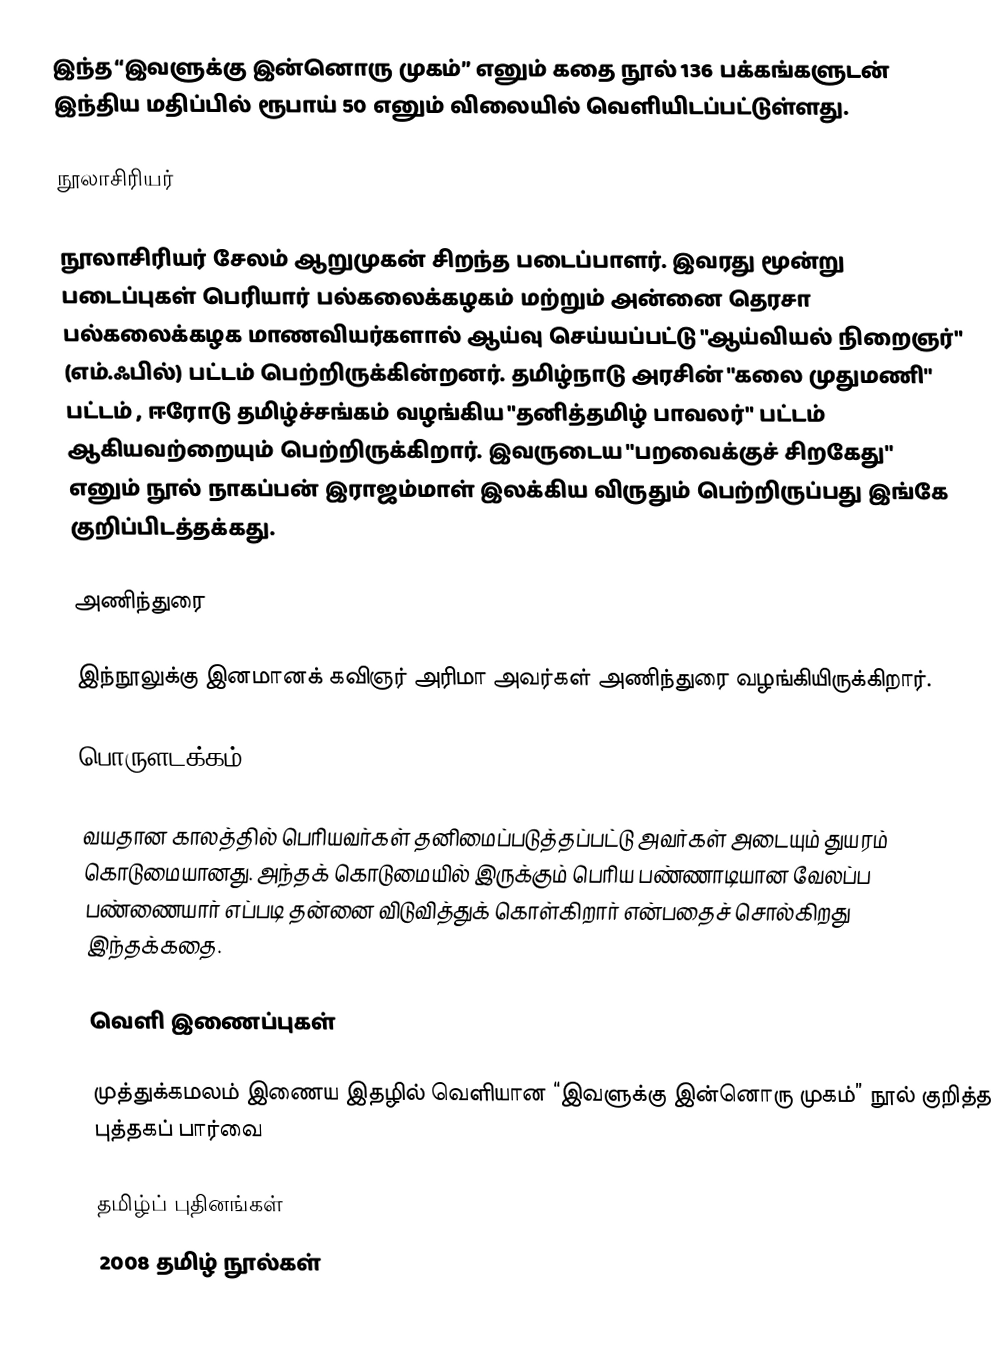
இந்த “இவளுக்கு இன்னொரு முகம்” எனும் கதை நூல் 136 பக்கங்களுடன் இந்திய மதிப்பில் ரூபாய் 50 எனும் விலையில் வெளியிடப்பட்டுள்ளது.

நூலாசிரியர்

நூலாசிரியர் சேலம் ஆறுமுகன் சிறந்த படைப்பாளர். இவரது மூன்று படைப்புகள் பெரியார் பல்கலைக்கழகம்  மற்றும்  அன்னை தெரசா பல்கலைக்கழக மாணவியர்களால் ஆய்வு செய்யப்பட்டு "ஆய்வியல் நிறைஞர்"  (எம்.ஃபில்) பட்டம் பெற்றிருக்கின்றனர். தமிழ்நாடு அரசின்  "கலை முதுமணி" பட்டம் ,  ஈரோடு  தமிழ்ச்சங்கம்  வழங்கிய "தனித்தமிழ் பாவலர்" பட்டம் ஆகியவற்றையும்  பெற்றிருக்கிறார். இவருடைய "பறவைக்குச் சிறகேது" எனும் நூல் நாகப்பன் இராஜம்மாள் இலக்கிய விருதும் பெற்றிருப்பது இங்கே குறிப்பிடத்தக்கது.

அணிந்துரை

இந்நூலுக்கு இனமானக் கவிஞர் அரிமா அவர்கள் அணிந்துரை வழங்கியிருக்கிறார்.

பொருளடக்கம்

வயதான காலத்தில் பெரியவர்கள் தனிமைப்படுத்தப்பட்டு அவர்கள் அடையும் துயரம் கொடுமையானது. அந்தக் கொடுமையில் இருக்கும் பெரிய பண்ணாடியான வேலப்ப பண்ணையார் எப்படி தன்னை விடுவித்துக் கொள்கிறார் என்பதைச் சொல்கிறது இந்தக்கதை.

வெளி இணைப்புகள்

  முத்துக்கமலம் இணைய இதழில் வெளியான “இவளுக்கு இன்னொரு முகம்” நூல் குறித்த புத்தகப் பார்வை

தமிழ்ப் புதினங்கள்
2008 தமிழ் நூல்கள்